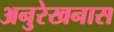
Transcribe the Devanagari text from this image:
अनुरेखनास